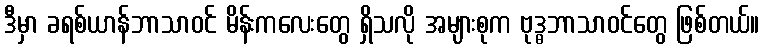
ဒီမှာ ခရစ်ယာန်ဘာသာဝင် မိန်းကလေးတွေ ရှိသလို အများစုက ဗုဒ္ဓဘာသာဝင်တွေ ဖြစ်တယ်။